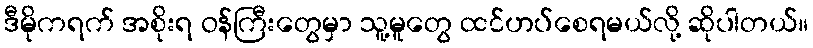
ဒီမိုကရက် အစိုးရ ဝန်ကြီးတွေမှာ သူ့မူတွေ ထင်ဟပ်စေရမယ်လို့ ဆိုပါတယ်။